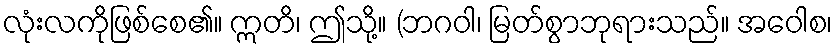
လုံးလကိုဖြစ်စေ၏။ ဣတိ၊ ဤသို့။ (ဘဂဝါ၊ မြတ်စွာဘုရားသည်။ အဝေါစ၊